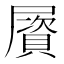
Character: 𡳠